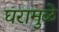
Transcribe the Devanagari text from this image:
घरामुळे